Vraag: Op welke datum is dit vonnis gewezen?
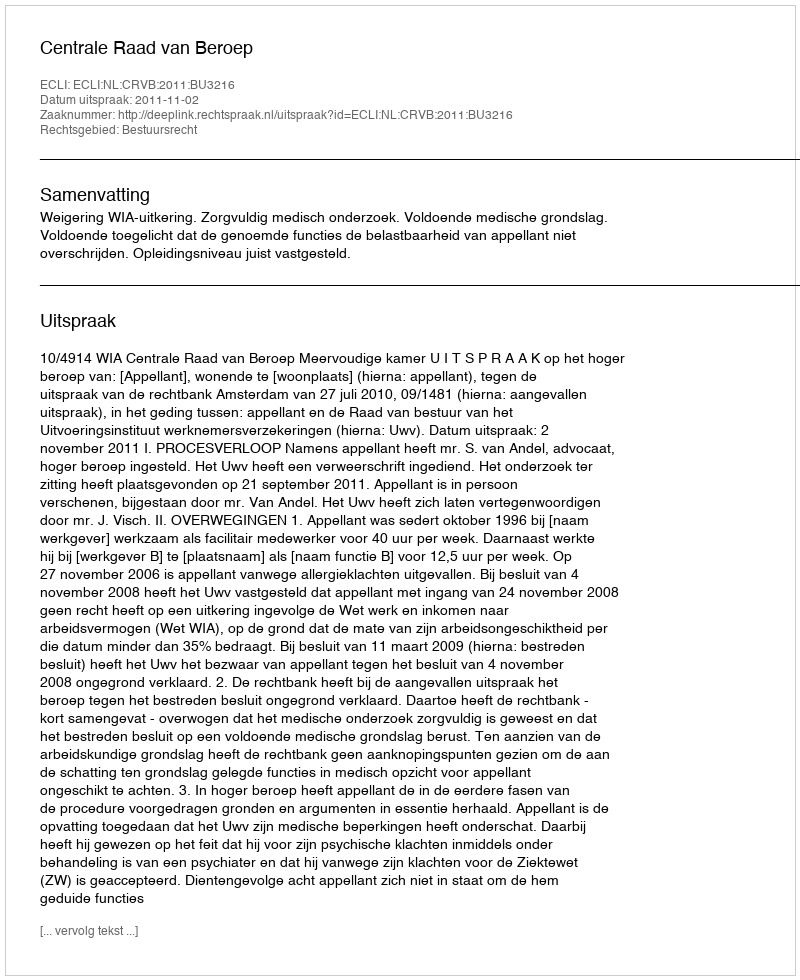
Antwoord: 2011-11-02